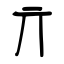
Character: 亓